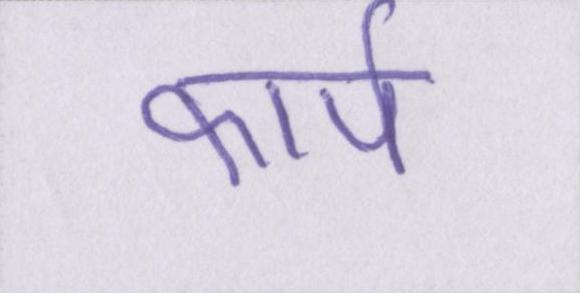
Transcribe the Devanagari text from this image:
कार्प